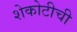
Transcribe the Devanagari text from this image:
शेकोटीची